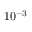
1 0 ^ { - 3 }